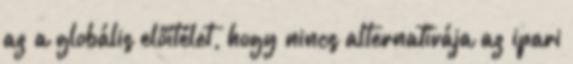
az a globális előítélet, hogy nincs alternatívája az ipari